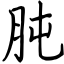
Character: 肫